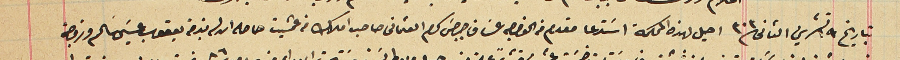
بتاريخ ١٩ تشرين الثانى ٣٠٣ احيل لهذه المحكمة اسَتدعا مقدم من الخواجه عسَاف جرجسَ كرم العثمانى صاحب املاك من عمشيت حاصله ان له بذمة يعقوب عيسَى سَالم وزوجته